Annual report on the health of the army in India
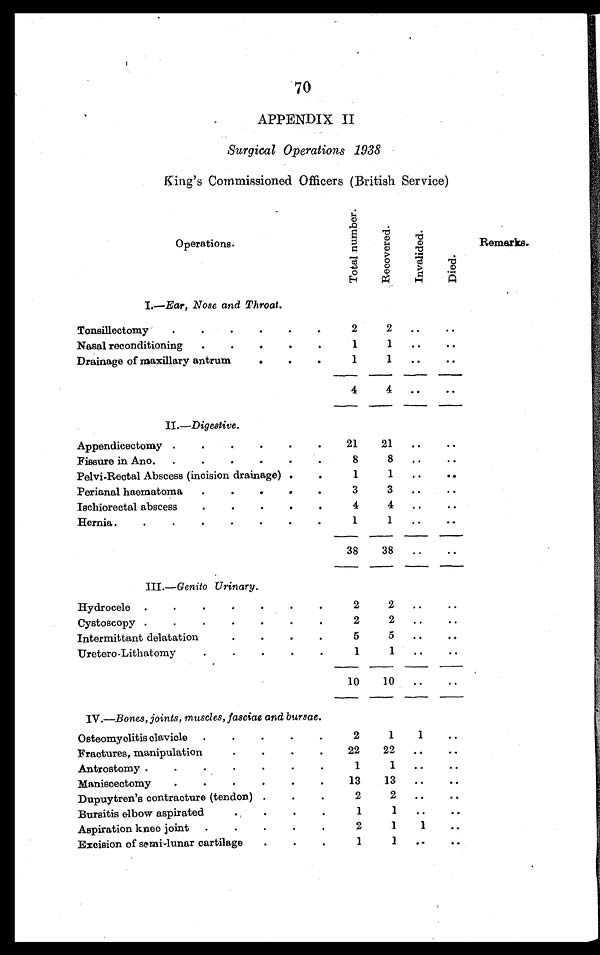
70
APPENDIX II
Surgical Operations 1938
King's Commissioned Officers (British Service)
Operations.
T o t a l n u m b e r .
R e c o v e r e d
I n v a l i d e d
D i e d
Remarks.
I.—Ear, Nose and Throat.
Tonsillectomy . . .
2
2
. . .
. . .
Nasal reconditioning . . .
1
1
. . .
. . .
Drainage of maxillary antrum . . .
1
1
. . .
. . .
4
4 . . .
. . .
II.—Digestive.
Appendicectomy . . .
21
21
. . .
. . .
Fissure in Ano. . .
8
8
. . .
. . .
Pelvi-Rectal Abscess (incision drainage) . .
1
1
. . .
. . .
Perianal haematoma . . .
3
3 . . .
. . .
Ischiorectal abscess . . .
4
4
. . .
. . .
Hernia . . .
1
1
. . .
. . .
38
38
. . .
. . .
III .—Genito Urinary.
Hydrocele . . .
2
2
. . .
. . .
Cystoscopy . . .
2
2
. . .
. . .
5
5
. . .
. . .
Intermittant delatation
Uretero-Lithatomy . . .
1
1
. . .
. . .
10
10
. . .
. . .
IV.—Bones, joints, muscles, fasciae and bursae.
Osteomyelitis clavicle . .
2
1
1
. . .
Fractures, manipulation . . .
22
22
. . .
. . .
Antrostomy . . .
1
1
. . .
. . .
Maniscectomy . . .
13
13
. . .
. . .
Dupuytren's contracture (tendon) . . .
2
2 . . .
. . .
Bursitis elbow aspirated . . .
1
1 . . .
. . .
1
1
Aspiration knee joint . . .
2
. . .
Excision of semi-lunar cartilage . . .
1
1
. . .
. . .